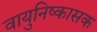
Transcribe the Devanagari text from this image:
वायुनिष्कासक